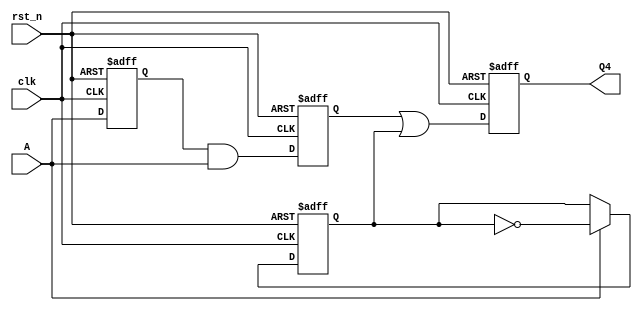
//------------------------------------------------------------------------------
// Universitatea Transilvania din Brasov
// Facultatea IESC
// Proiect     : Colocviu ED
// Modul       : colocviu
// Autor       : Turtub Florin-Rzvan
// Data        : Mai 28, 2024
//------------------------------------------------------------------------------

module colocviu(
input A,
input clk,
input rst_n,
output reg Q4
);

reg Q1;
reg Q2;
reg Q3;
wire D2;
wire D4;

always @(posedge clk or negedge rst_n)
if(~rst_n) Q1 <= 0;
else Q1 <= A;

assign D2 = Q1 & A;

always @(posedge clk or negedge rst_n)
if(~rst_n) Q2 <= 0;
else Q2 <= D2;

always @(posedge clk or negedge rst_n)
if(~rst_n) Q3 <= 0;
else if (A) Q3 <= ~Q3;

assign D4 = Q2 | Q3;

always @(posedge clk or negedge rst_n)
if(~rst_n) Q4 <= 0;
else Q4 <= D4;

endmodule